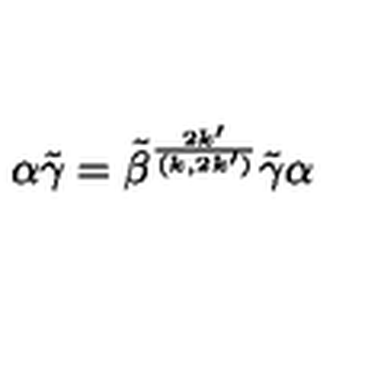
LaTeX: \alpha \tilde { \gamma } = \tilde { \beta } ^ { \frac { 2 k ^ { \prime } } { ( k , 2 k ^ { \prime } ) } } \tilde { \gamma } \alpha